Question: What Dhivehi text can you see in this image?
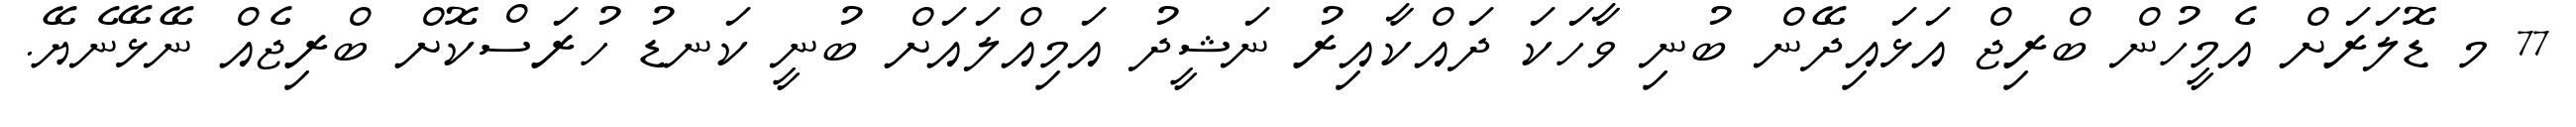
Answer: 77 މ ޑޮލަރަށް އެމީހުން ބްރިޖް އަޅައިދޭން ބުނި ވާހަކަ ދައްކާއިރު ނަޝީދު އަމިއްލައަށް ބުނީ ކަނޑު ހުރަސްކޮށް ބްރިޖެއް ނޭޅޭނެޔޭ.